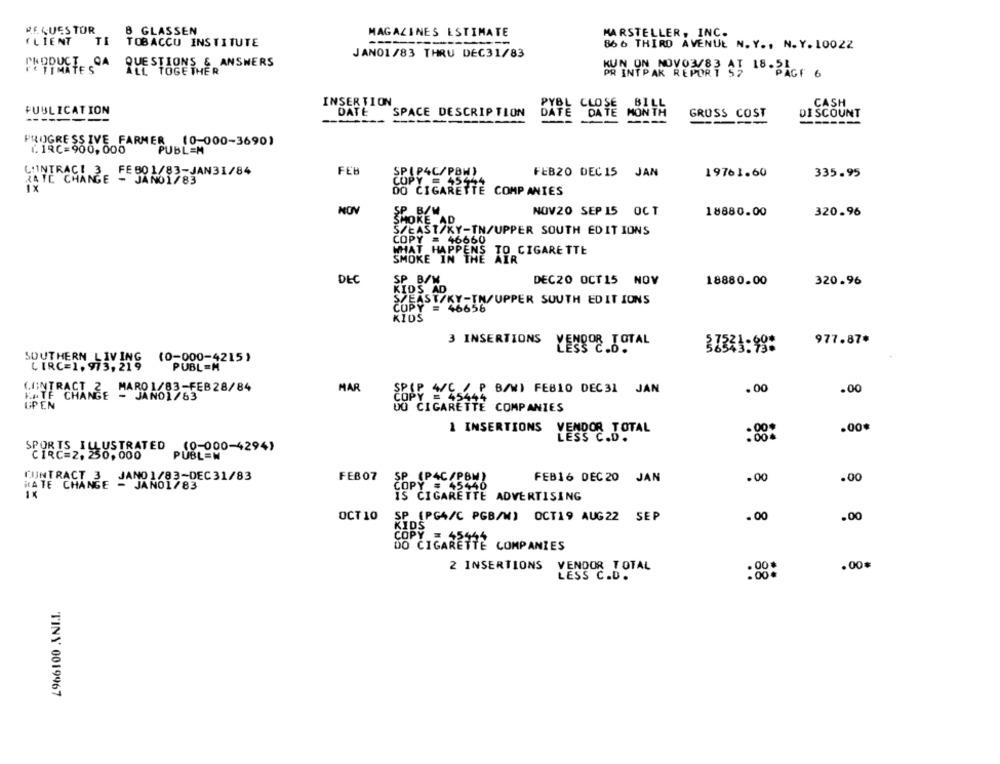
RE QUES TUR
8 GLASSEN
MAGAZINES ESTIMATE
MARSTELLER, INC.
CLIENT
TI
TOBACCO INSTITUTE
866 THIRD AVENUE N. Y ., N. Y. 10022
JAN01/83 THRU DEC31/83
QUESTIONS & ANSWERS
PURPUSTESA PUESTO
KUN ON NOVO3/83 AT 18-PAGE 6
R INTPAK REPORT
INSER TION
CASH
PUBLICATION
DATE
SPACE DESCRIPTION
GRUSS COST
DISCOUNT
-------
---
DATE DATE MONTH
------
PROGRESSIVE FARMER (0-000-3690)
(. 18C= 900,000
HATE CHANGE FEROL/83-JAN31/84
FEB
FEB20 DEC 15 JAN
19761.60
335.95
COPY = 45444
DO CIGARETTE COMPANIES
NO
SP. B/W
NOV20 SEP 15 OCT
18880.00
320.96
SMOKE AD
S/EAST/KY-TN/UPPER SOUTH EDITIONS
COPY = 46660
WHAT HAPPENS TO CIGARETTE
SMOKE IN THE AIR
DEC
SP B/W
DEC20 OCT15 NOV
18880.00
320.96
KIDS AD
S/EAST/KY-TN/UPPER SOUTH EDITIONS
COPY = 46656
KIDS
3 INSERTIONS
YEN908 TOTAL
977.87*
37343:99:
SOUTHERN LIVING
(0-000-4215)
LIRC=1. 973, 219
PUBL=M
CONTRACT 2, MARO1/83-FEB 28/84
MAR
SPIP 4/C / P B/N) FEBIO DEC31 JAN
.00
.00
TF CHANGE
- JANO1/63
UP EN
UU CIGARETTE COMPANIES
1 INSERTIONS
.00*
VENDOR TOTAL
SPORTS ILLUSTRATED
(0-900-4294)
CIRC=2, 250, 000
CUNTRACT 3 JANO 1/83-DEC31/83
FEB07
SP (P4C/PBW)
FEB16 DEC 20
JAN
.00
.00
KATE CHANGE - JANO1/83
COPY
CIGARETTE ADVERTISING
OCT 10 SP (PG4/C PGB/W) OCT19 AUG22 SEP
.00
.00
KIDS
COPY
DO CIGARETTE COMPANIES
2 INSERTIONS
.00*
VENDOR TOTAL
.00
LESS C.D.
TINY 0019967